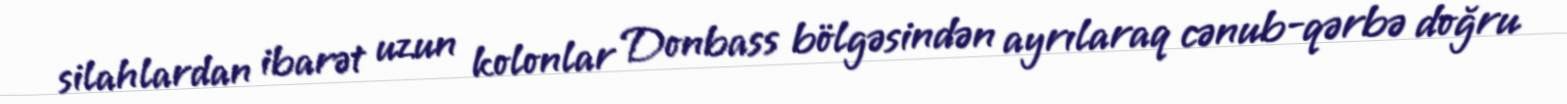
silahlardan ibarət uzun kolonlar Donbass bölgəsindən ayrılaraq cənub-qərbə doğru